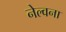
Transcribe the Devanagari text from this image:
नेल्वना